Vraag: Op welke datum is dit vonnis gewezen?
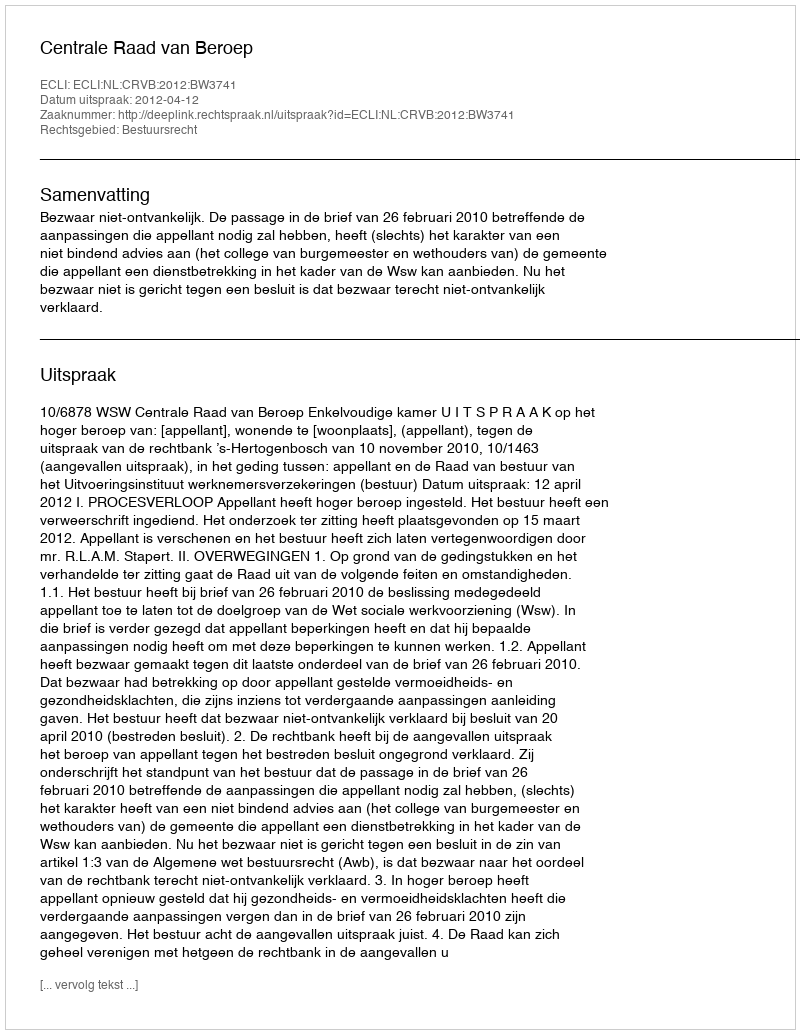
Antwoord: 2012-04-12